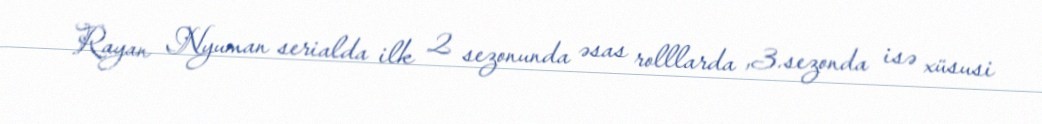
Rayan Nyuman serialda ilk 2 sezonunda əsas rolllarda ,3.sezonda isə xüsusi